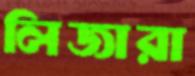
লিজারা